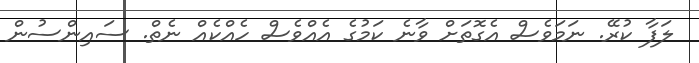
ލަފާ ކުރޭ. ނަމަވެސް އެގޮތަށް ވާނެ ކަމުގެ އެއްވެސް ހެއްކެއް ނެތް. ސައިންސުން